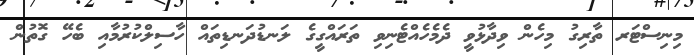
މިނިސްޓަރ ތާރިގު މިހެން ވިދާޅުވީ ދެމެހެއްޓެނިވި ތަރައްގީގެ ލަނޑުދަނޑިތައް ހާސިލްކުރުމާއި ބެހޭ ގޮތުން